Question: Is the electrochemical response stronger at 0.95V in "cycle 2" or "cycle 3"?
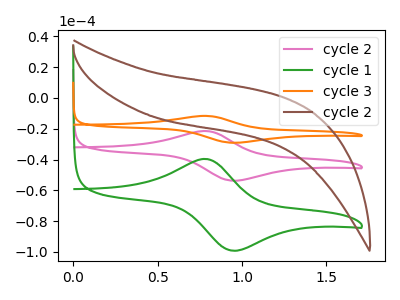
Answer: <think>The pink curve "cycle 2" has an anodic peak at (0.80V, -21.45uA) and a cathodic peak at (0.95V, -53.75uA). The green curve "cycle 1" has an anodic peak at (0.80V, -39.60uA) and a cathodic peak at (0.95V, -99.20uA). The orange curve "cycle 3" has an anodic peak at (0.80V, -42.90uA) and a cathodic peak at (0.95V, -107.50uA). The brown curve "cycle 2" has no peaks.</think>
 <answer>The peak at 0.95V is lower in "cycle 2" than in "cycle 3".</answer>
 <eval>lower</eval>